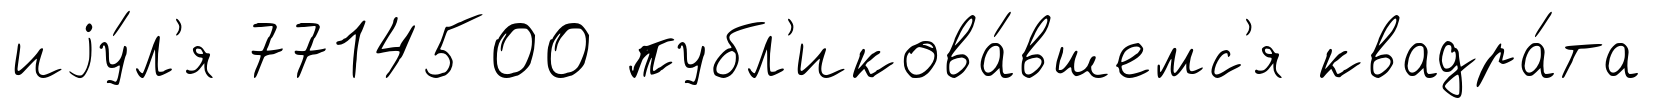
иjу́л'я 7714500 публ'икова́вшемс'я квадра́та